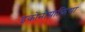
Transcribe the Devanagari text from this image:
इकोनोग्राफिया